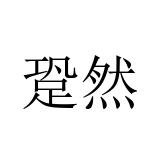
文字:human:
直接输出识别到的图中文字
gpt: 跫然